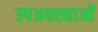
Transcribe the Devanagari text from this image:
उपअवस्थाओं